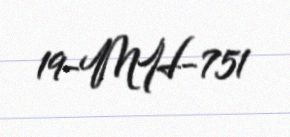
19-MH-751